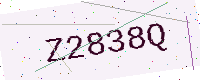
Text: Z2838Q